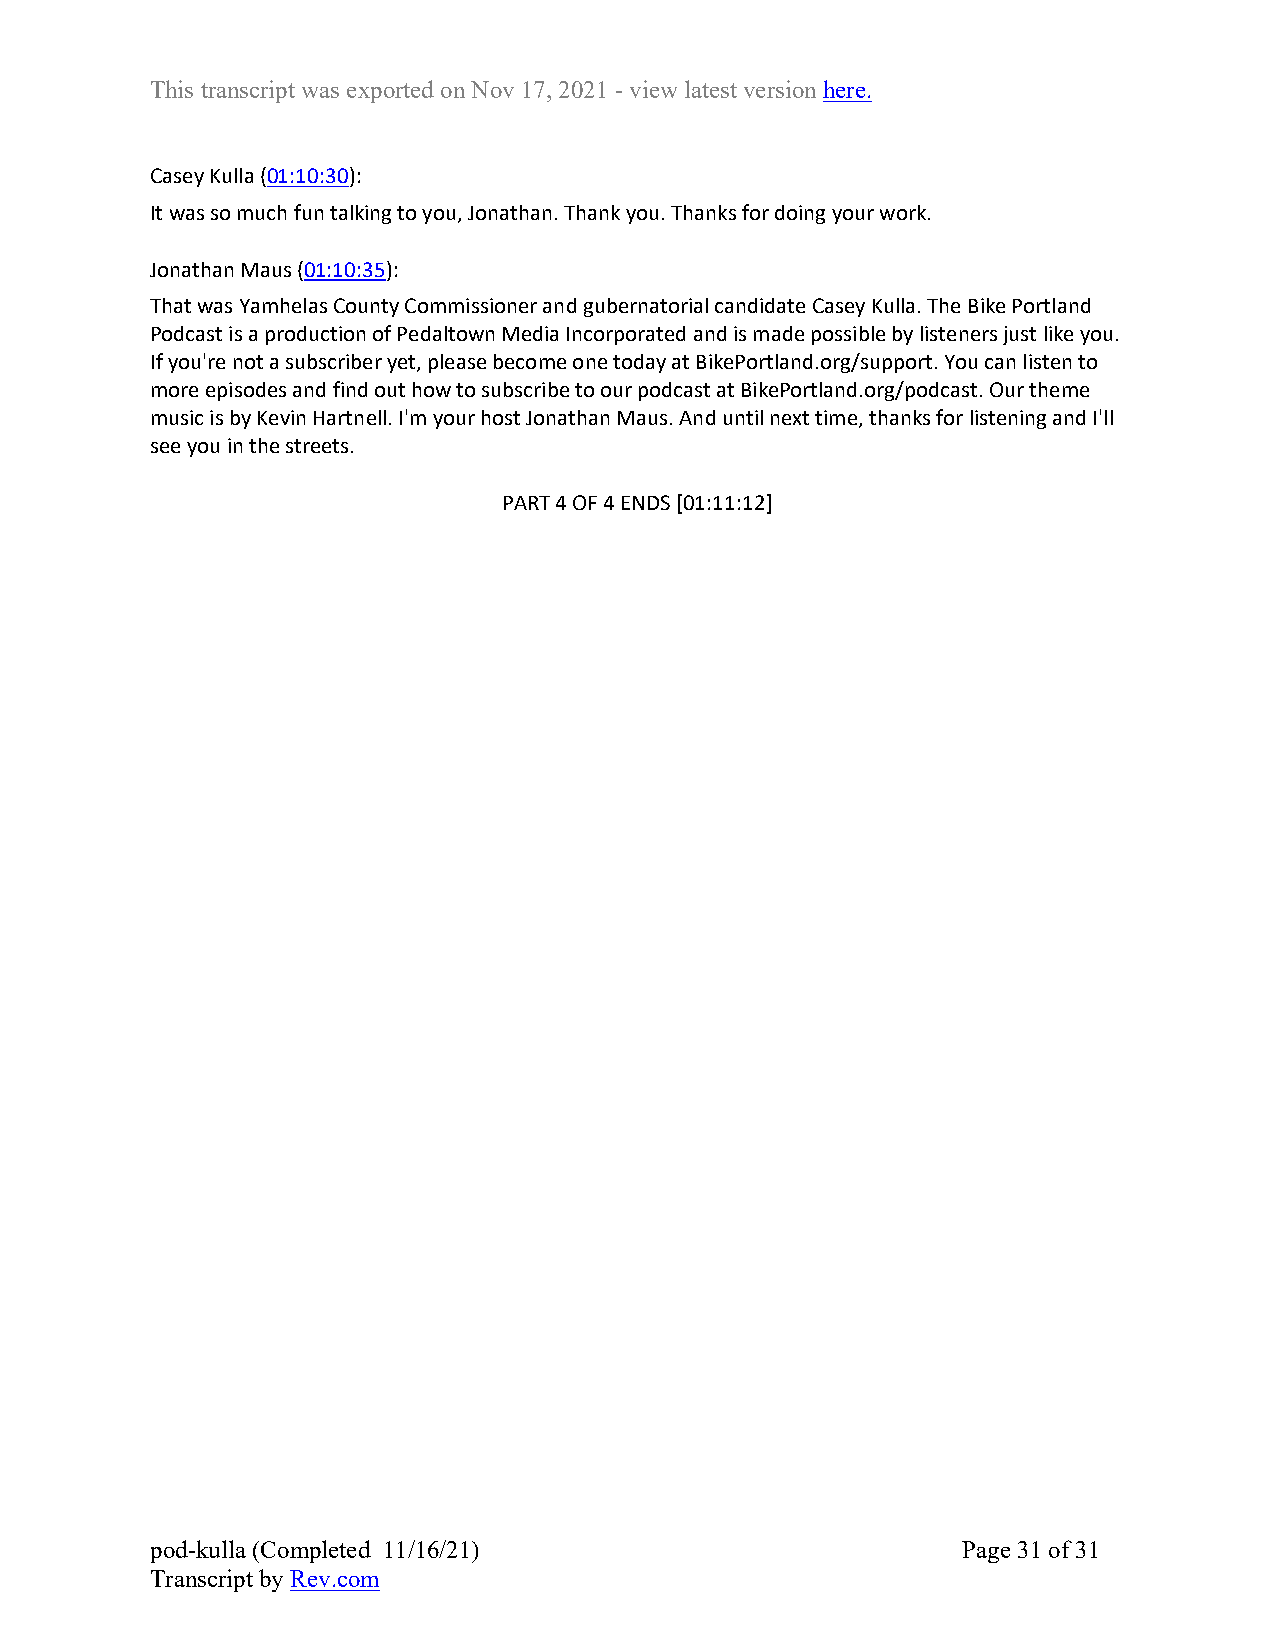
This transcript was exported on Nov 17, 2021 - view latest version here.
 Casey Kulla (01:10:30):
 It was so much fun talking to you, Jonathan. Thank you. Thanks for doing your work.
 Jonathan Maus (01:10:35):
 That was Yamhelas County Commissioner and gubernatorial candidate Casey Kulla. The Bike Portland
 Podcast is a production of Pedaltown Media Incorporated and is made possible by listeners just like you.
 If you're not a subscriber yet, please become one today at BikePortland.org/support. You can listen to
 more episodes and find out how to subscribe to our podcast at BikePortland.org/podcast. Our theme
 music is by Kevin Hartnell. I'm your host Jonathan Maus. And until next time, thanks for listening and I'll
 see you in the streets.
 PART 4 OF 4 ENDS [01:11:12]
 pod-kulla (Completed 11/16/21)                        Page 31 of 31
 Transcript by Rev.com